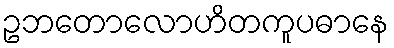
ဥဘတောလောဟိတကူပဓာနေ